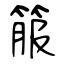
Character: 箙